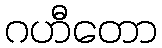
ဂဟီတော